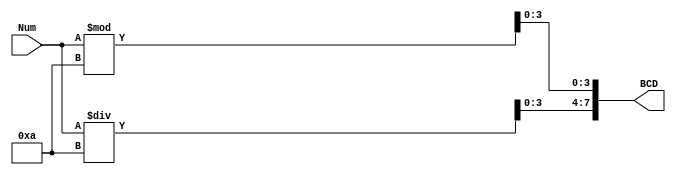
module BCDconvertModule(input[6:0] Num, output reg[7:0] BCD);
	/*
	reg[3:0] tens;
	reg[3:0] ones;
	integer i;
	always@(hexNum)
	begin
		for( i = 6; i >= 0; i = i - 1)
		begin
			if(ones >= 4'd5)	ones = ones + 4'd3;
			if(tens >= 4'd5)	tens = tens + 4'd3;
			tens = {tens[2:0], ones[3]};
			ones = {ones[2:0], hexNum[i]};
		end
		
		hexBCD = {tens, ones};
	end
	*/
	always@(Num)
	begin
		BCD[7:4] = Num / 10;
		BCD[3:0] = Num % 10;
	end
endmodule